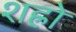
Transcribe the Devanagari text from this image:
शह्रो